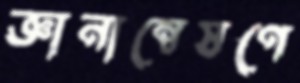
জ্ঞানান্বেষণে